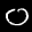
Label: 0